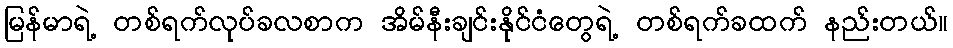
မြန်မာရဲ့ တစ်ရက်လုပ်ခလစာက အိမ်နီးချင်းနိုင်ငံတွေရဲ့ တစ်ရက်ခထက် နည်းတယ်။